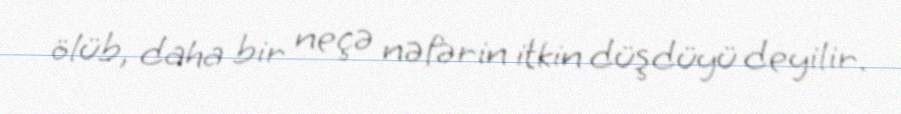
ölüb, daha bir neçə nəfərin itkin düşdüyü deyilir.